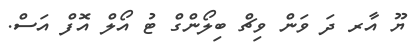
ޔޫ އާރ ދަ ވަން ވިޗް ބިލޯންގް ޓު އޯލް އޮފް އަސް.